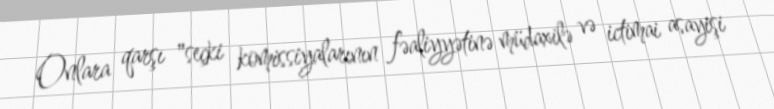
Onlara qarşı "seçki komissiyalarının fəaliyyətinə müdaxilə və ictimai asayişi